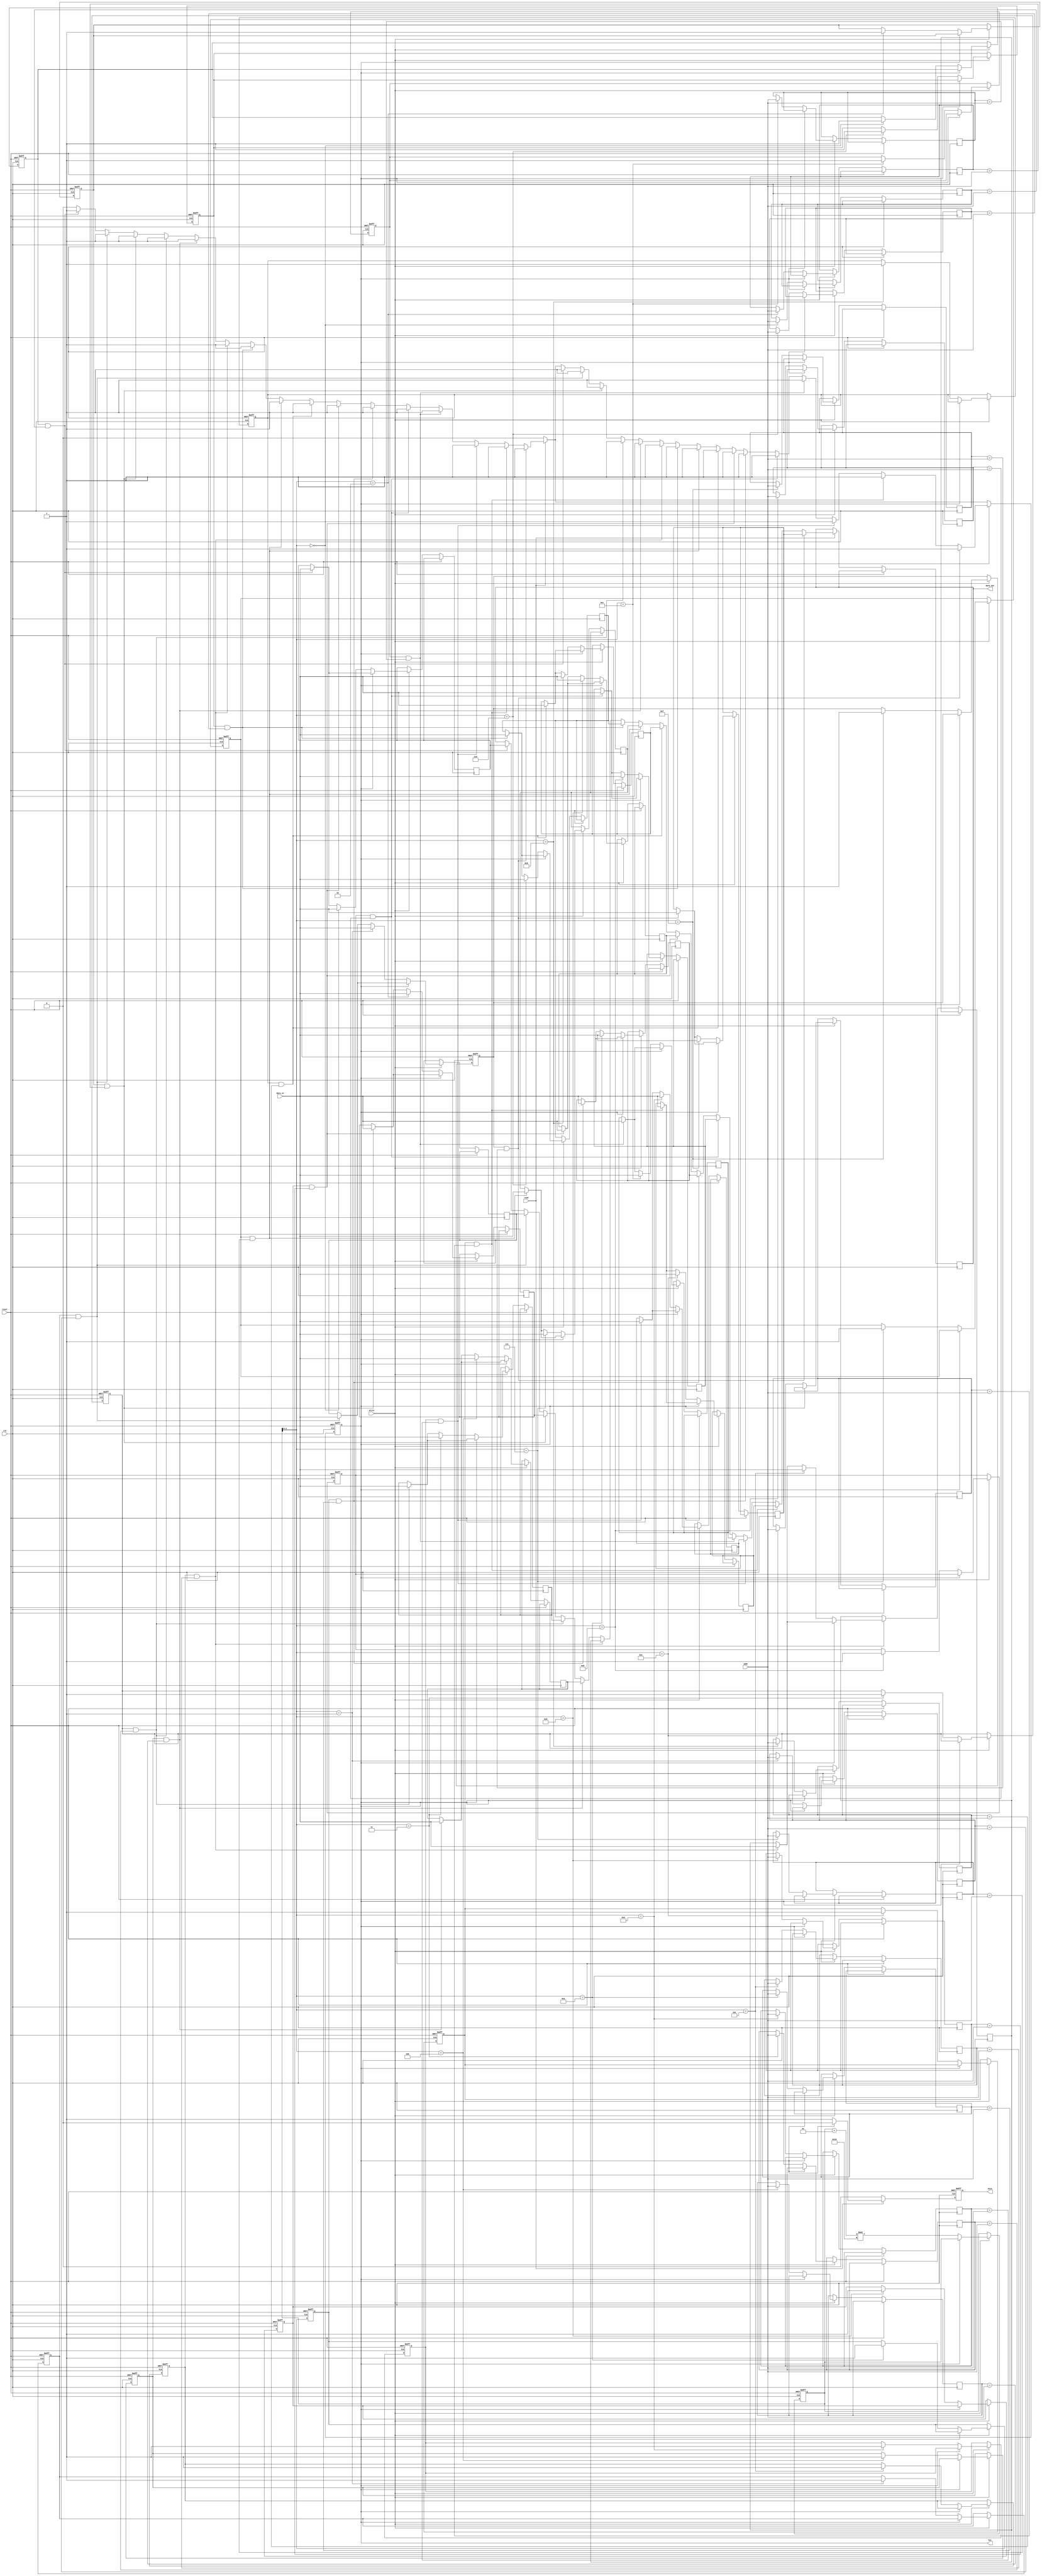
module fully_associative_cache #(
    parameter DATA_WIDTH = 32,      // Width of the data
    parameter TAG_WIDTH = 20,       // Width of the tag
    parameter CACHE_SIZE = 16       // Number of cache lines
)(
    input wire clk,
    input wire reset,
    input wire [TAG_WIDTH-1:0] addr, // Address input (tag)
    input wire [DATA_WIDTH-1:0] data_in, // Data input for write
    input wire read,                 // Read request
    input wire write,                // Write request
    output reg [DATA_WIDTH-1:0] data_out, // Data output
    output reg hit,                 // Hit signal
    output reg miss                 // Miss signal
);

    // Cache line structure
    reg [DATA_WIDTH-1:0] cache_data [0:CACHE_SIZE-1]; // Data storage
    reg [TAG_WIDTH-1:0] cache_tag [0:CACHE_SIZE-1];   // Tag storage
    reg valid [0:CACHE_SIZE-1];                        // Valid bits
    integer i;

    // Replacement policy: FIFO
    integer fifo_index;

    // Initialize cache
    initial begin
        for (i = 0; i < CACHE_SIZE; i = i + 1) begin
            valid[i] = 0;
        end
        fifo_index = 0;
    end

    // Cache access logic
    always @(posedge clk or posedge reset) begin
        if (reset) begin
            // Reset cache
            for (i = 0; i < CACHE_SIZE; i = i + 1) begin
                valid[i] <= 0;
            end
            fifo_index <= 0;
            hit <= 0;
            miss <= 0;
        end else begin
            hit <= 0;
            miss <= 0;

            // Check for read operation
            if (read) begin
                for (i = 0; i < CACHE_SIZE; i = i + 1) begin
                    if (valid[i] && (cache_tag[i] == addr)) begin
                        // Cache hit
                        data_out <= cache_data[i];
                        hit <= 1;
                    end
                end

                if (!hit) begin
                    // Cache miss
                    miss <= 1;
                end
            end

            // Check for write operation
            if (write) begin
                // Check if we can update an existing line
                for (i = 0; i < CACHE_SIZE; i = i + 1) begin
                    if (valid[i] && (cache_tag[i] == addr)) begin
                        // Update existing cache line
                        cache_data[i] <= data_in;
                        hit <= 1;
                    end
                end

                // If no hit, replace the FIFO line
                if (!hit) begin
                    cache_data[fifo_index] <= data_in;
                    cache_tag[fifo_index] <= addr;
                    valid[fifo_index] <= 1;
                    fifo_index <= (fifo_index + 1) % CACHE_SIZE; // Update FIFO index
                end
            end
        end
    end

endmodule